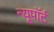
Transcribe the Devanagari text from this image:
न्यूपाॅर्ट